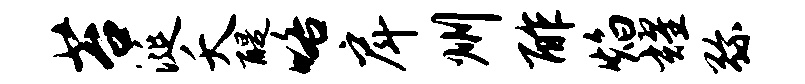
苔涎夭醍咯戽州酢焰耀弥